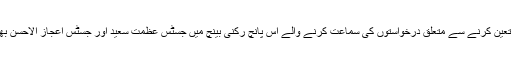
اپنے جواب میں میاں نواز شریف کا کہنا تھا کہ نااہلی کی مدت کا تعین کرنے سے متعلق درخواستوں کی سماعت کرنے والے اس پانچ رکنی بینچ میں جسٹس عظمت سعید اور جسٹس اعجاز الاحسن بھی شامل ہیں جو ان کی نااہلی کے بارے میں فیصلہ دے چکے ہیں۔